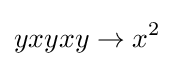
yxyxy\rightarrow x^{2}